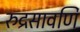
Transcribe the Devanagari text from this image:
रुद्रसावर्णि